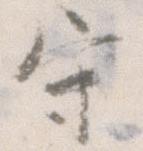
守